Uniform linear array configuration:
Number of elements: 32
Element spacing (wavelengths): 0.25
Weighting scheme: kaiser
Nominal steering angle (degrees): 60
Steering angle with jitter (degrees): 61.355
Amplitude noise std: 0.05
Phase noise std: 0.05

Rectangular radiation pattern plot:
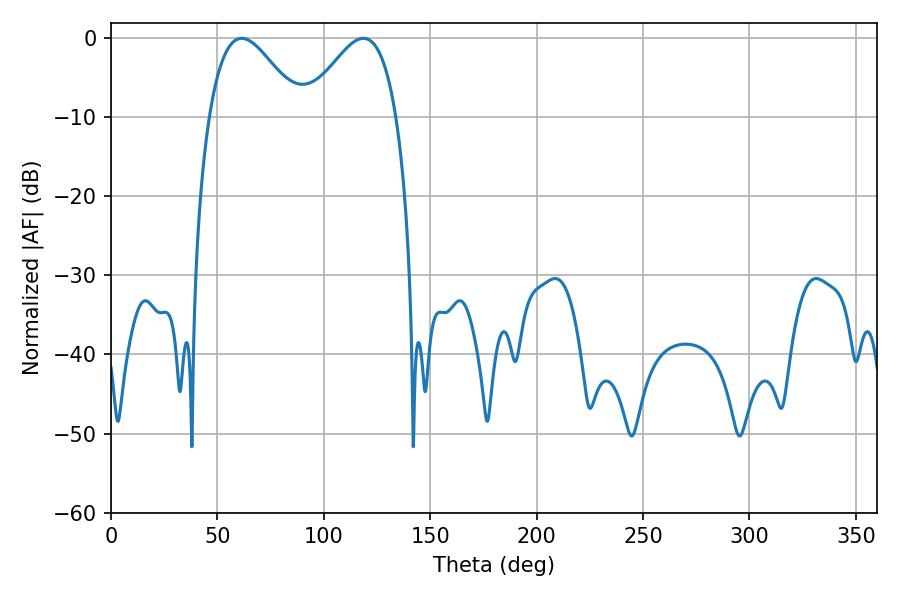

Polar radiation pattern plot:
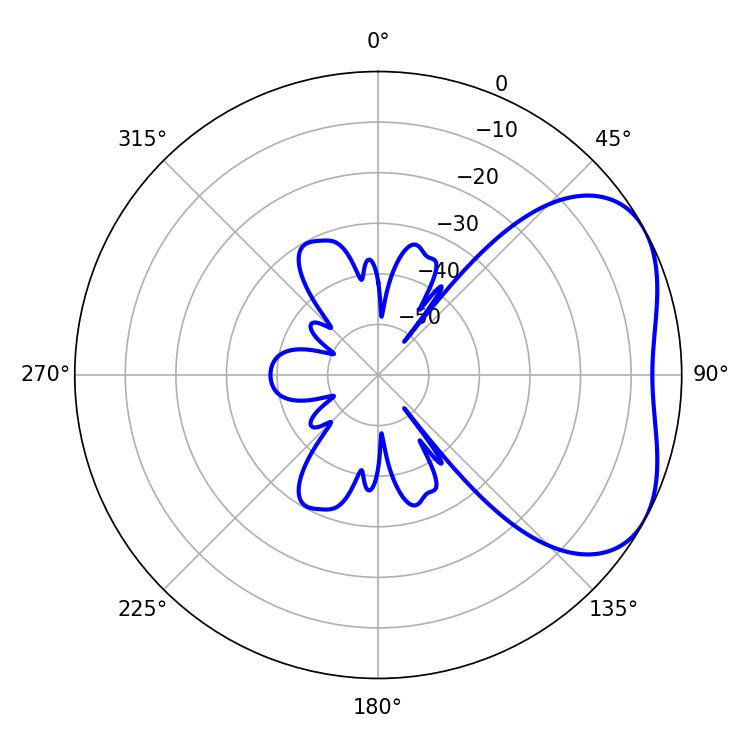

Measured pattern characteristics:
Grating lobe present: FALSE
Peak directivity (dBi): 4.015
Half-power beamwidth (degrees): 23.04
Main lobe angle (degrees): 61.38